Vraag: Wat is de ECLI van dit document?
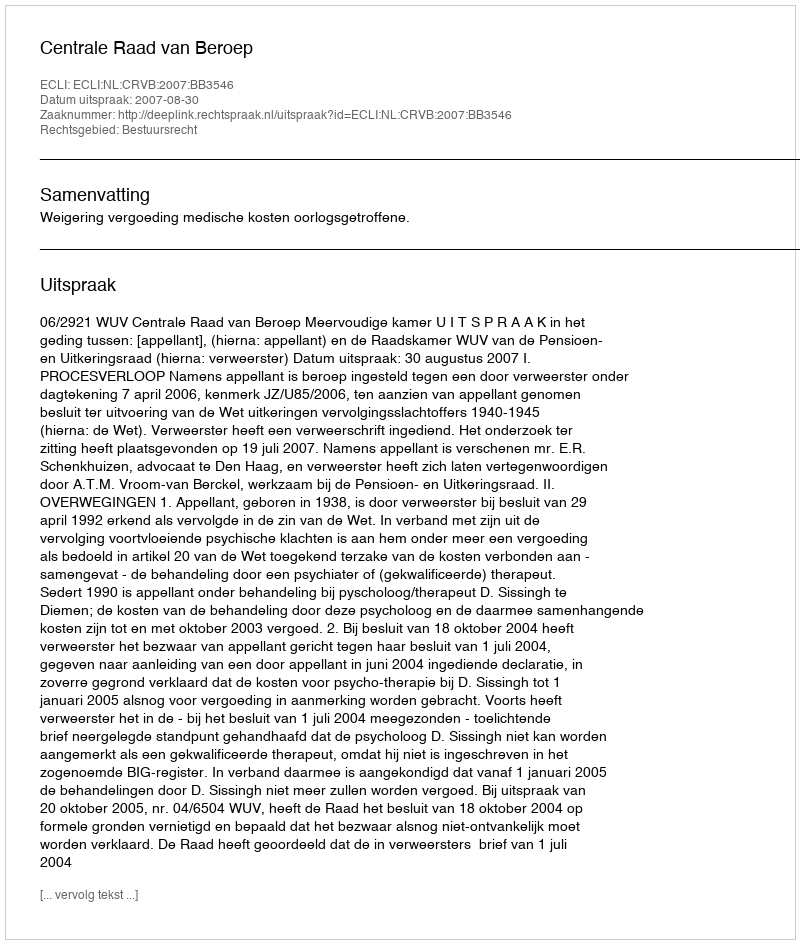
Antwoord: ECLI:NL:CRVB:2007:BB3546